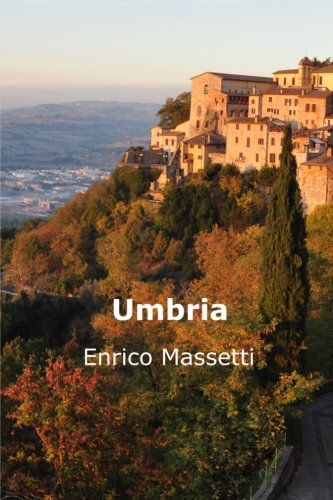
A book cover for Umbria; Enrico Massetti; Travel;